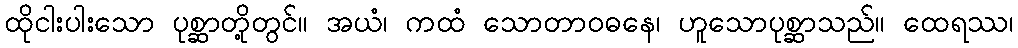
ထိုငါးပါးသော ပုစ္ဆာတို့တွင်။ အယံ၊ ကထံ သောတာဝဓနေ၊ ဟူသောပုစ္ဆာသည်။ ထေရဿ၊